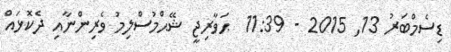
ޑިސެމްބަރު 13